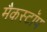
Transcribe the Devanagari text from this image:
मैकस्टॉप